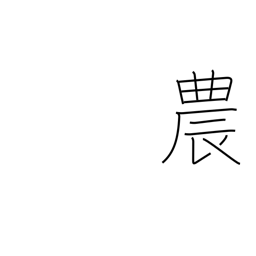
Meaning: agriculture